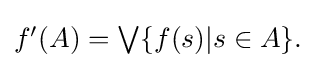
{\textstyle f'(A)=\bigvee \{f(s)|s\in A\}.}